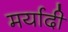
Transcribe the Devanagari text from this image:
मर्यादी